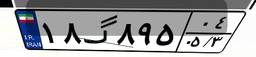
۱۸گ۸۹۵۰۴